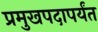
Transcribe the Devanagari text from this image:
प्रमुखपदापर्यंत